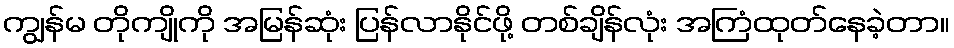
ကျွန်မ တိုကျိုကို အမြန်ဆုံး ပြန်လာနိုင်ဖို့ တစ်ချိန်လုံး အကြံထုတ်နေခဲ့တာ။